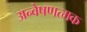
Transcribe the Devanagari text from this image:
अन्वेषणत्मक